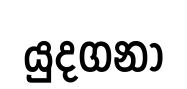
යුදගනා